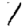
Digit: 1